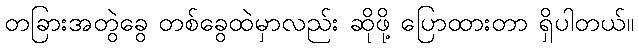
တခြားအတွဲခွေ တစ်ခွေထဲမှာလည်း ဆိုဖို့ ပြောထားတာ ရှိပါတယ်။